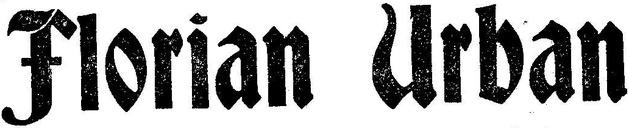
Florian Urban